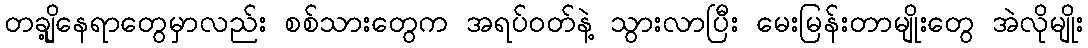
တချို့နေရာတွေမှာလည်း စစ်သားတွေက အရပ်ဝတ်နဲ့ သွားလာပြီး မေးမြန်းတာမျိုးတွေ အဲလိုမျိုး